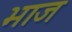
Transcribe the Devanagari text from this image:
भाज